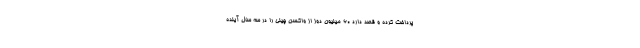
پرداخت کرده و قصد دارد 60 میلیون دوز از واکسن چینی را در سه سال آینده